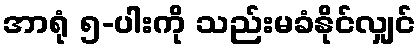
အာရုံ ၅-ပါးကို သည်းမခံနိုင်လျှင်